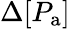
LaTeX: \Delta[P_{\mathrm{a}}]